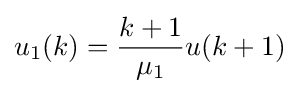
u_{1}(k)={\frac {k+1}{\mu _{1}}}u(k+1)